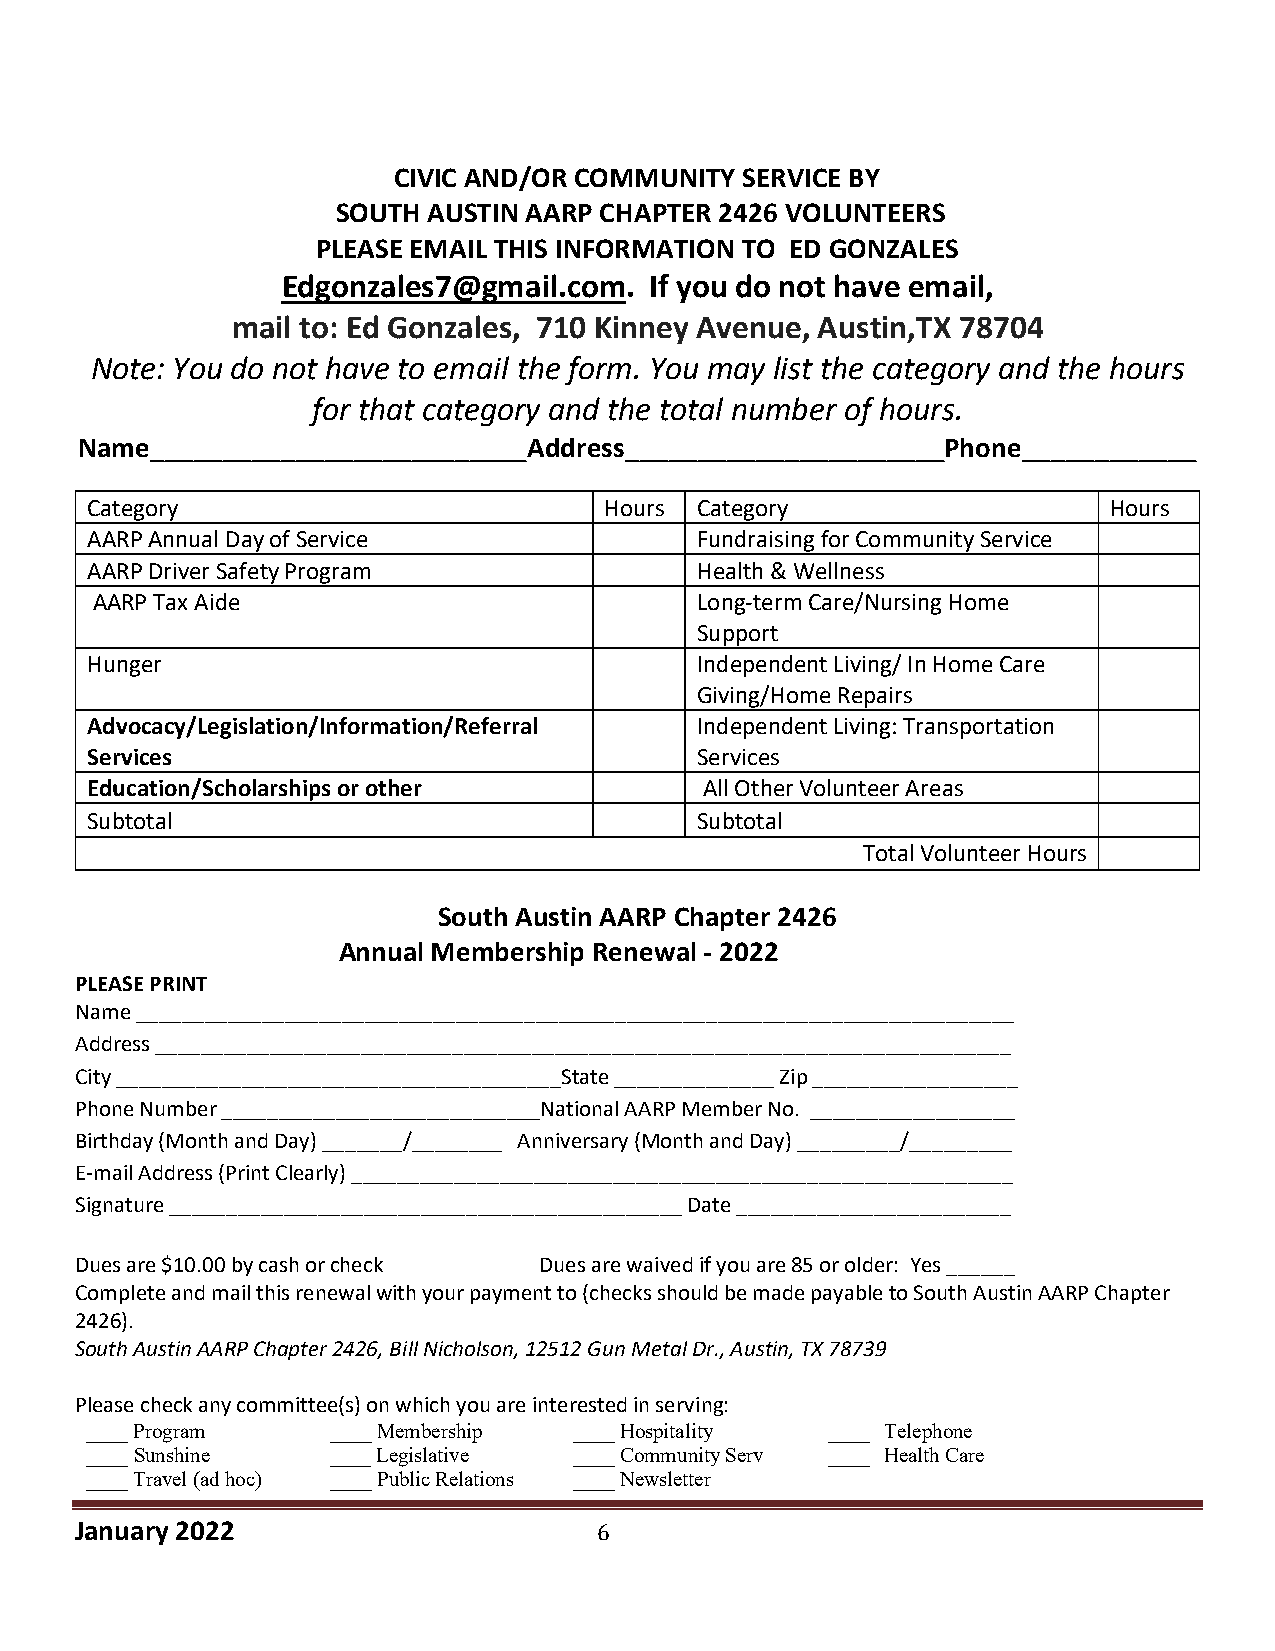
CIVIC AND/OR COMMUNITY SERVICE BY
 SOUTH AUSTIN AARP CHAPTER 2426 VOLUNTEERS
 PLEASE EMAIL THIS INFORMATION TO ED GONZALES
 Edgonzales7@gmail.com.  If you do not have email,
 mail to: Ed Gonzales, 710 Kinney Avenue, Austin,TX 78704
 Note: You do not have to email the form. You may list the category and the hours
 for that category and the total number of hours.
 Name__________________________Address______________________Phone____________
 Category                          Hours Category                   Hours
 AARP Annual Day of Service              Fundraising for Community Service
 AARP Driver Safety Program              Health & Wellness
 AARP Tax Aide                           Long-term Care/Nursing Home
 Support
 Hunger                                  Independent Living/ In Home Care
 Giving/Home Repairs
 Advocacy/Legislation/Information/Referral Independent Living: Transportation
 Services                                Services
 Education/Scholarships or other          All Other Volunteer Areas
 Subtotal                                Subtotal
 Total Volunteer Hours
 South Austin AARP Chapter 2426
 Annual Membership Renewal - 2022
 PLEASE PRINT
 Name _____________________________________________________________________________
 Address ___________________________________________________________________________
 City _______________________________________State ______________ Zip __________________
 Phone Number ____________________________National AARP Member No. __________________
 Birthday (Month and Day) _______/________ Anniversary (Month and Day) _________/_________
 E-mail Address (Print Clearly) __________________________________________________________
 Signature _____________________________________________ Date ________________________
 Dues are $10.00 by cash or check Dues are waived if you are 85 or older: Yes ______
 Complete and mail this renewal with your payment to (checks should be made payable to South Austin AARP Chapter
 2426).
 South Austin AARP Chapter 2426, Bill Nicholson, 12512 Gun Metal Dr., Austin, TX 78739
 Please check any committee(s) on which you are interested in serving:
 ____ Program    ____ Membership ____ Hospitality ____ Telephone
 ____ Sunshine   ____ Legislative ____ Community Serv ____ Health Care
 ____ Travel (ad hoc) ____ Public Relations ____ Newsletter
 January 2022                       6